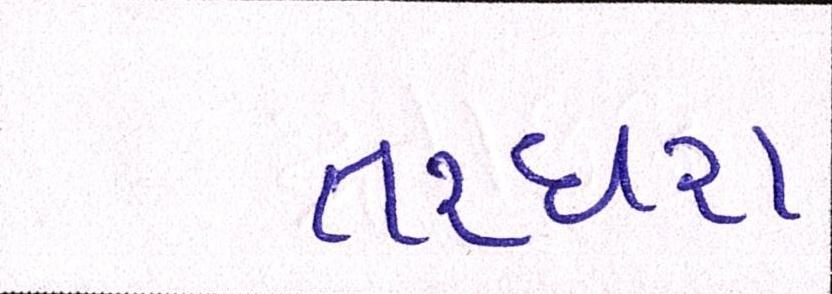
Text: તરઘરા